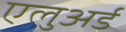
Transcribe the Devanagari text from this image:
एलुअर्ड